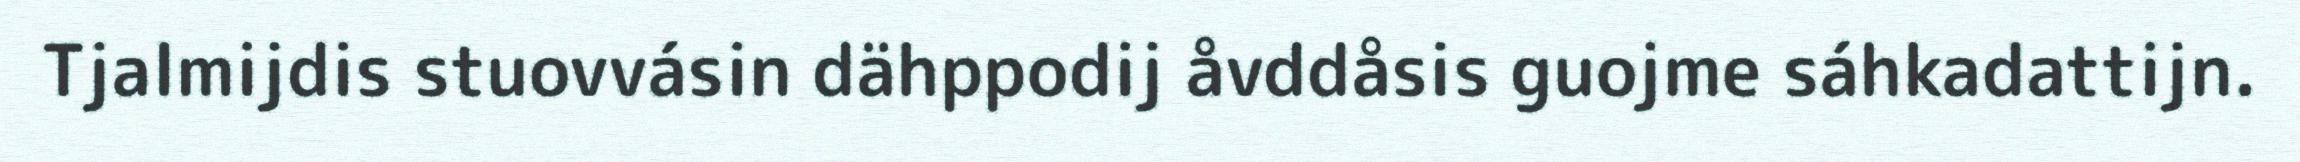
Tjalmijdis stuovvásin dähppodij åvddåsis guojme sáhkadattijn.